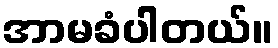
အာမခံပါတယ်။